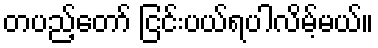
တပည့်တော် ငြင်းပယ်ရပါလိမ့်မယ်။